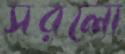
সরলো